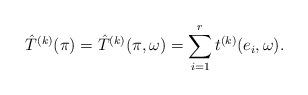
LaTeX: \begin{align*}\hat{T}^{(k)}(\pi) = \hat{T}^{(k)}(\pi,\omega) = \sum_{i=1}^{r} t^{(k)}(e_i,\omega).\end{align*}